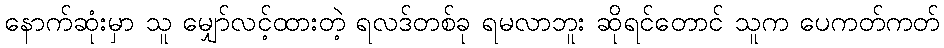
နောက်ဆုံးမှာ သူ မျှော်လင့်ထားတဲ့ ရလဒ်တစ်ခု ရမလာဘူး ဆိုရင်တောင် သူက ပေကတ်ကတ်